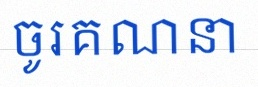
ចូរគណនា